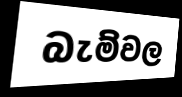
බැම්වල